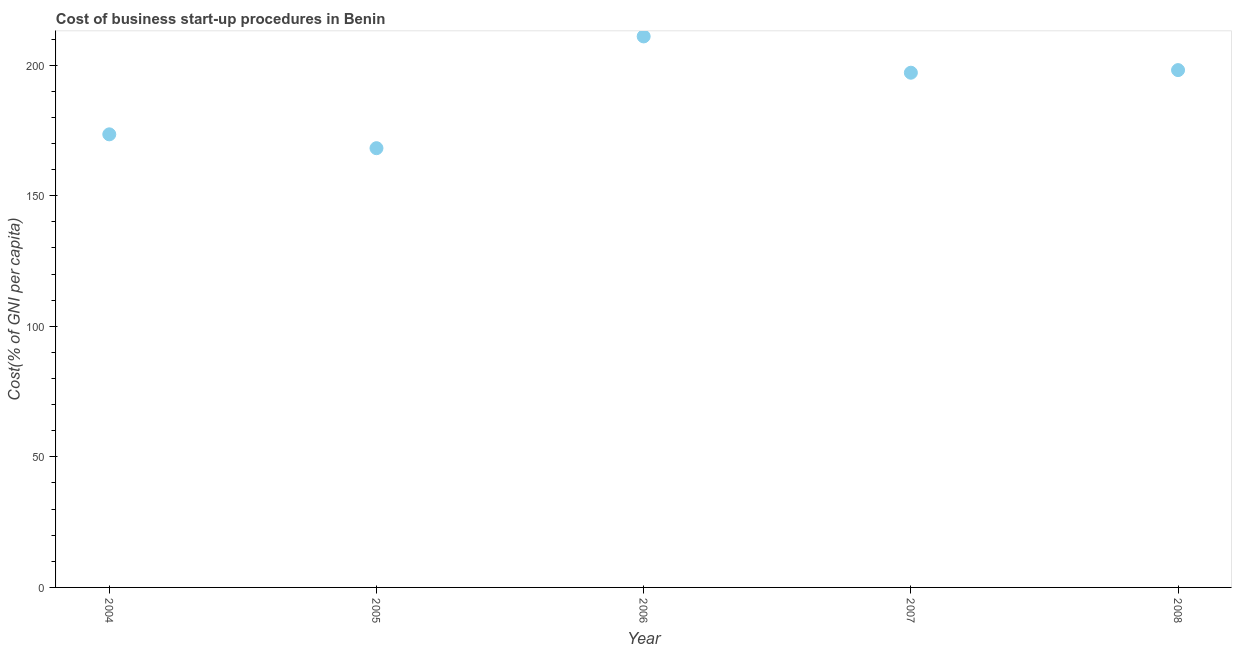
| Year | Cost |
 | --- | --- |
 | 2004 | 174 |
 | 2005 | 168 |
 | 2006 | 211 |
 | 2007 | 197 |
 | 2008 | 198 |